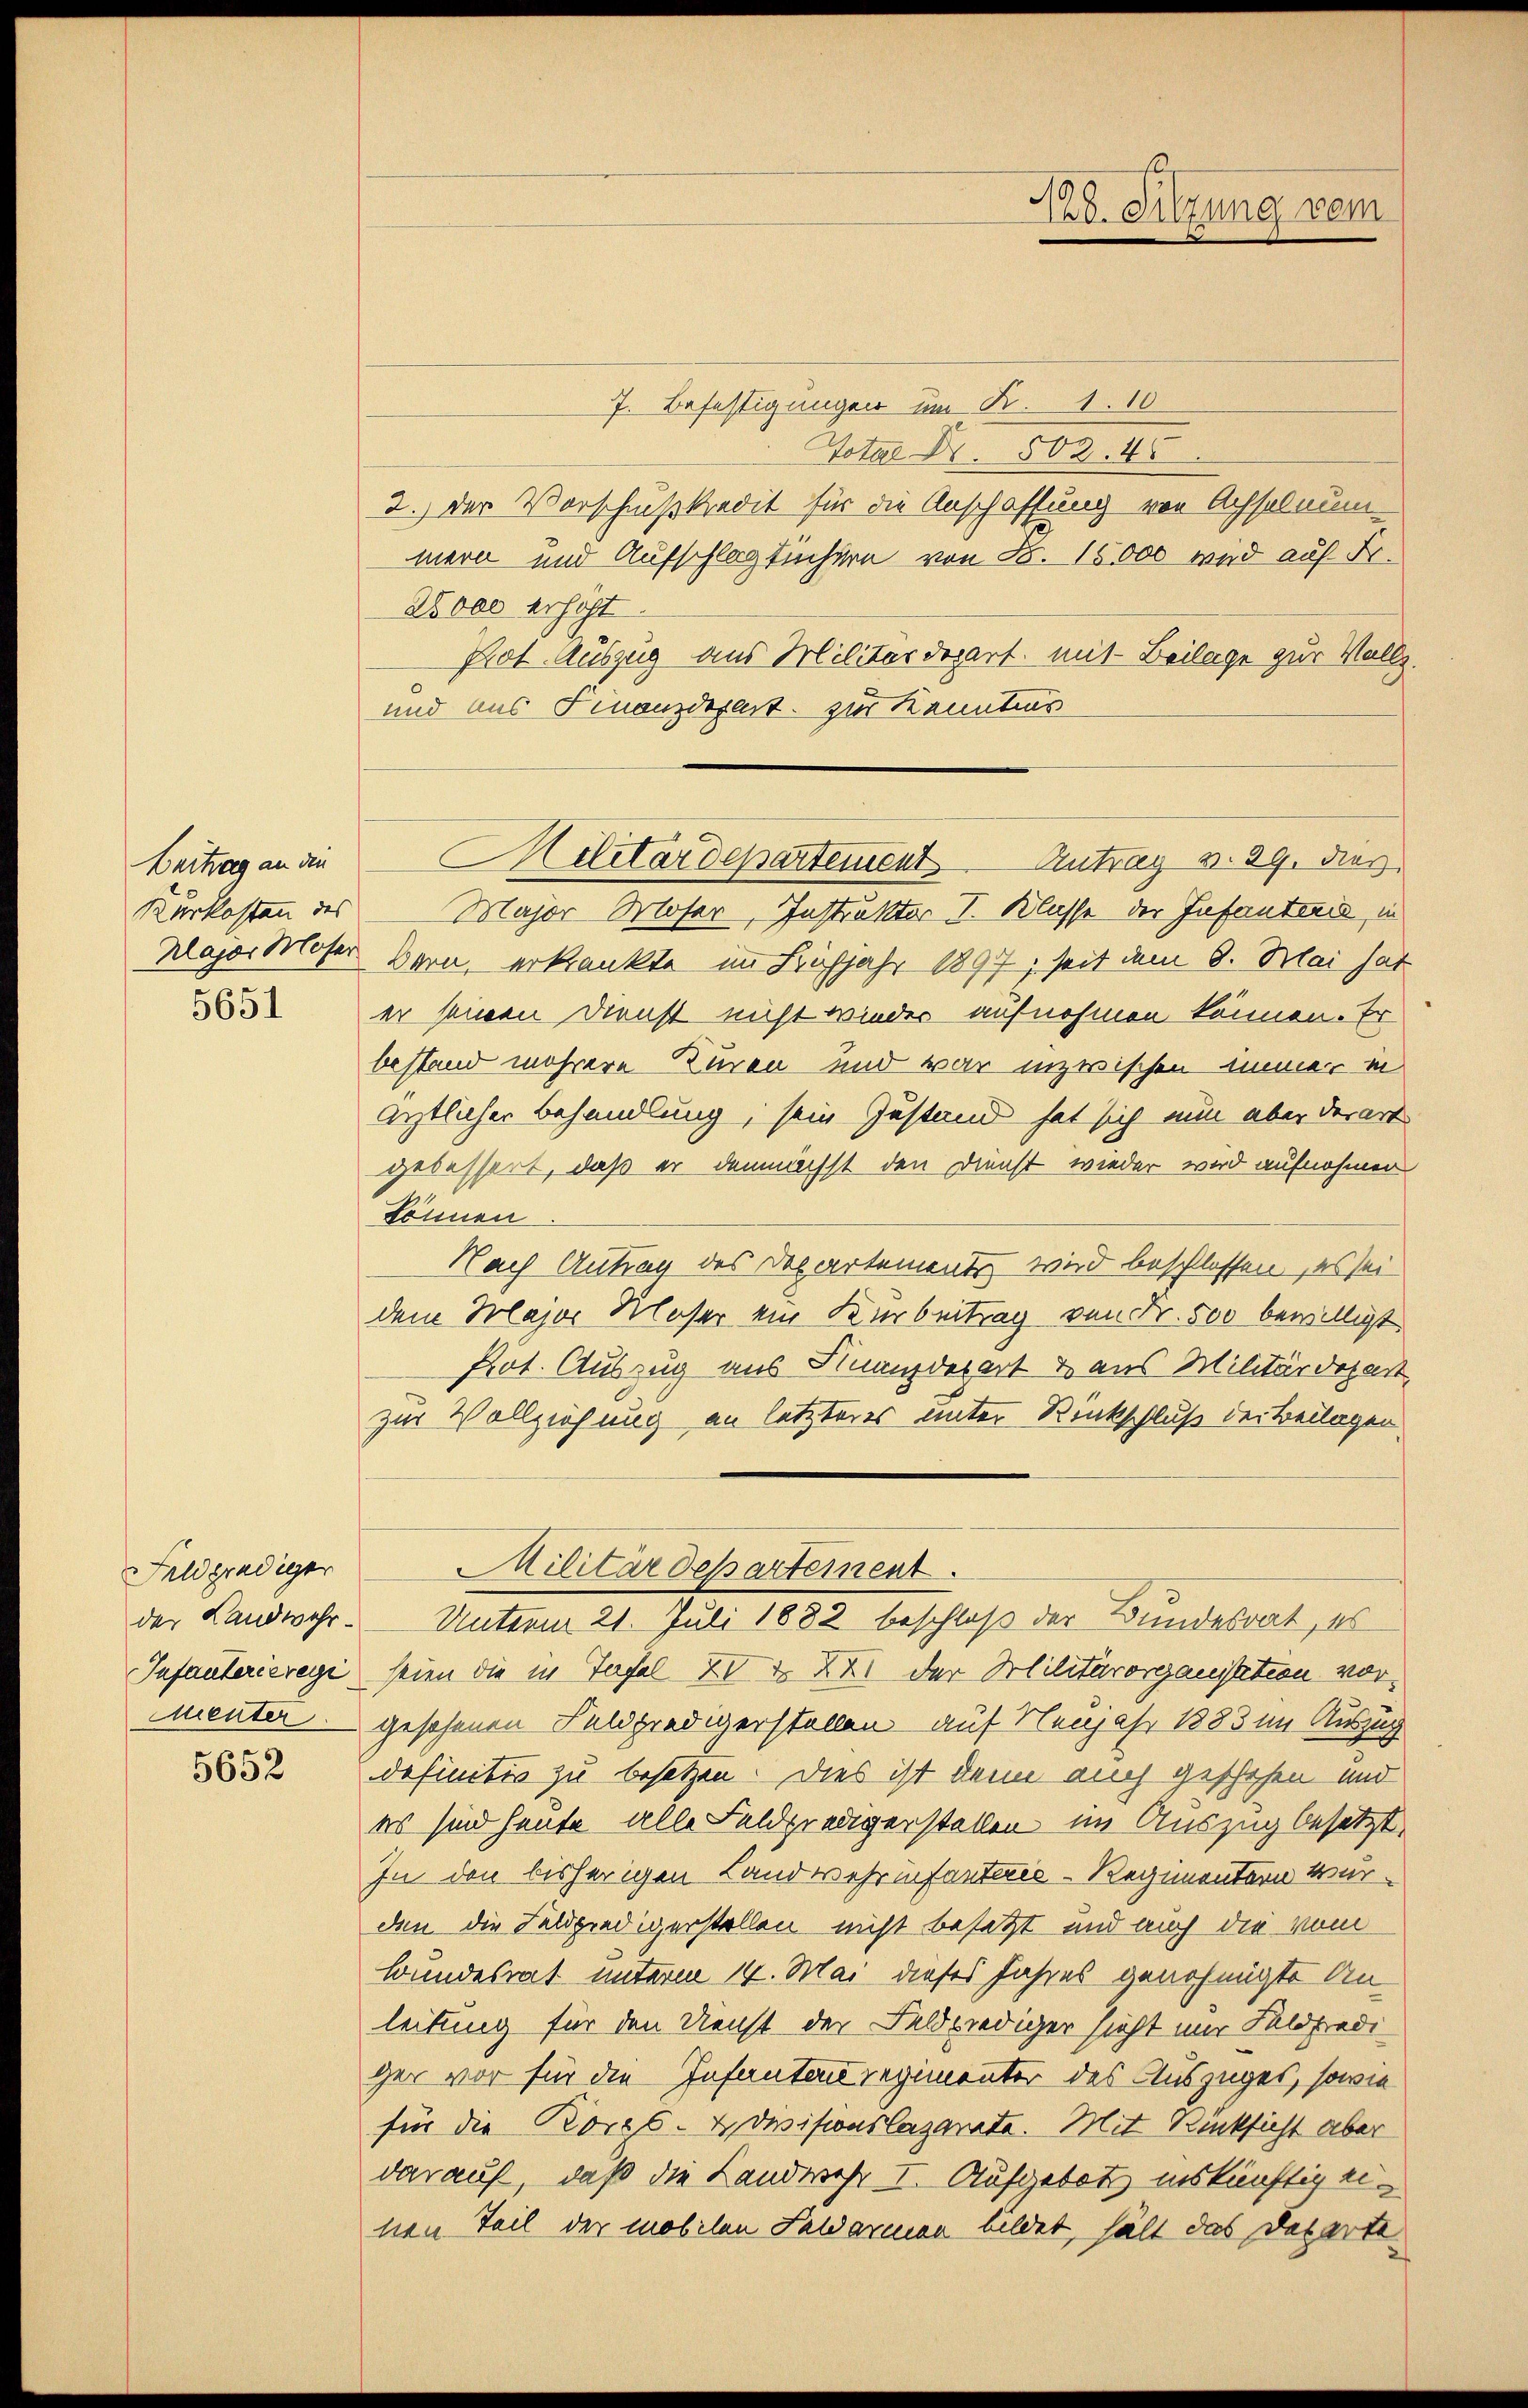
Beitrag an die

5651

7. Befestigungen um Fr. 1.10.
Totae Nr. 502. 45
2.) Der Vorschlusskredit für die Anschaffung von Achselnum-
mern und Aufschlag tüchern von Fr. 15000 wird auf Fr.
28000 erhöht
Prot. Auszug aus Militärdepart mit Beilage zur Vollz.
und aus Finanzdepart zur Kenntnis
Kurkosten des Major Moser, Instruktor V. Klasse der Infantend, in
Major Moser Bern, erkrankte im Frühjahr 1897, seit dem 9. Mai hat
er seinen Dienst nicht wieder aufnehmen können. Er
bestand mehrere Kuren und war inzwischen immer in
ärztlicher Behandlung, sein Zustand hat sich nun aber derart
gebessert, daß er demnächst den Dienst wieder wird aufnahmen
können
Nach Antrag des Departements, wird beschlossen, es sei
dem Major Kloser ein Kerbeitrag von Fr. 500 bewilligt
Prot. Auszug aus Finanderart & aus Militärdepart
zur Vollziehung an letzteres unter Rückschluß der Beilagen
Militärdepartement.
der Landwehr. Unterm 21. Juli 1882 beschloß der Bundesrat, es
Infanterieregi seien die in Tafel Z XX der Militärorganisation vormenter gesehenen Feldpredigerstellen auf Neujahr 1883 im Auszug
definitiv zu besetzen. Dies ist denn auch geschehen und
es sind heute alle Feldpredigerstellen im Auszug besetzt
In den bisherigen Landwehrinfanterie-Regimentern wurden die Feldpredigerstellen nicht besetzt und auch die vom
Bundesrat unterm 14. Mai dieses Jahres genehmigte Anleitung für den Dienst der Feldprediger sicht nur Feldpredi
ger vor für die Infantend regimenter des Auszuges, sowie
für die Korps-Devisionslazarete. Mit Rücksicht aber
darauf, daß die Landwehr I. Aufgebot inskünftig einen Teil der mobilen Salarmen bildet, hält das Departe

Feldprediger

5652

Ed. Sitzung vom

Hilitärdepartement Antrag v. 29. dies